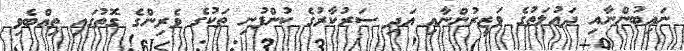
ނައިބުންނާއި ދައުލަތުގެ ވަޒީރުންނާއި އަދި ސަރުކާރުގެ ކުންފުނި ތަކުގެ ވެރިންގެ ގޮތުގައި ތިއްބެވި